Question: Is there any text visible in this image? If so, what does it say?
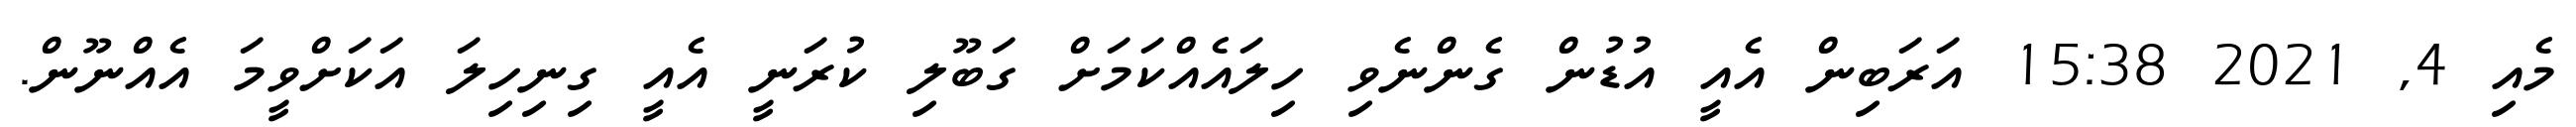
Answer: މެއި 4, 2021 15:38 އަރަބިން އެއީ އުޑުން ގެންނެވި ހިލައެއްކަމަށް ގަބޫލި ކުރަނީ އެއީ ގިނިހިލަ އަކަށްވީމަ އެއްނޫން.